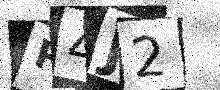
Text: R4J2